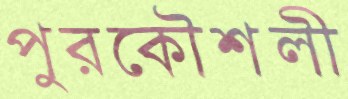
পুরকৌশলী